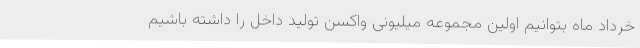
خرداد ماه بتوانیم اولین مجموعه میلیونی واکسن تولید داخل را داشته باشیم